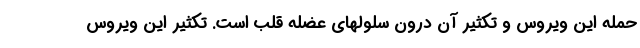
حمله این ویروس و تکثیر آن درون سلولهای عضله قلب است. تکثیر این ویروس